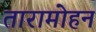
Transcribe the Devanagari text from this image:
तारामोहन